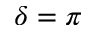
\delta = \pi